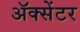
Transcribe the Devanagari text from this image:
ॲक्सेंटर